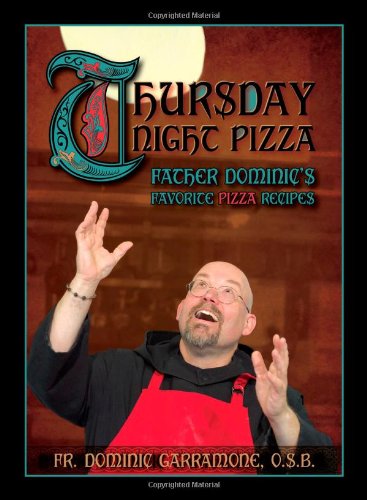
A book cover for Thursday Night Pizza; Fr. Dominic Garramone; Cookbooks, Food & Wine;